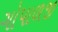
ગોપાળજી